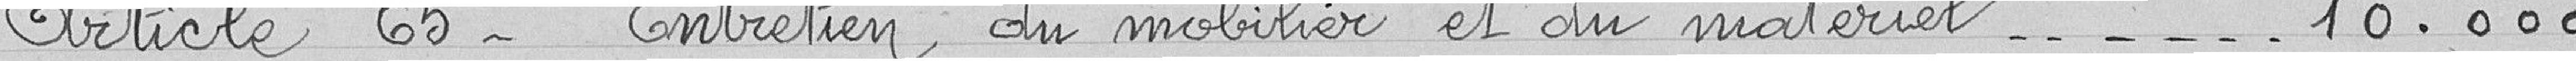
Article 65 - Entretien du mobilier et du matériel 10.000